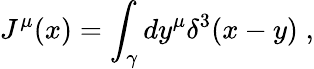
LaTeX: J^{\mu}(x)=\int_{\gamma}dy^{\mu}\delta^{3}(x-y)\; ,